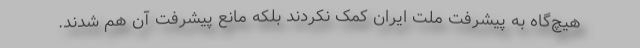
هیچ‌گاه به پیشرفت ملّت ایران کمک نکردند بلکه مانع پیشرفت آن هم شدند.